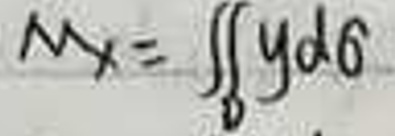
$M_{x}=\iint\limits_{D}y\mathrm{d}\sigma$